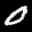
Label: 0